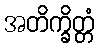
အတိက္ခိတ္တံ